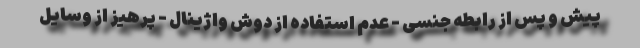
پیش و پس از رابطه جنسی - عدم استفاده از دوش واژینال - پرهیز از وسایل